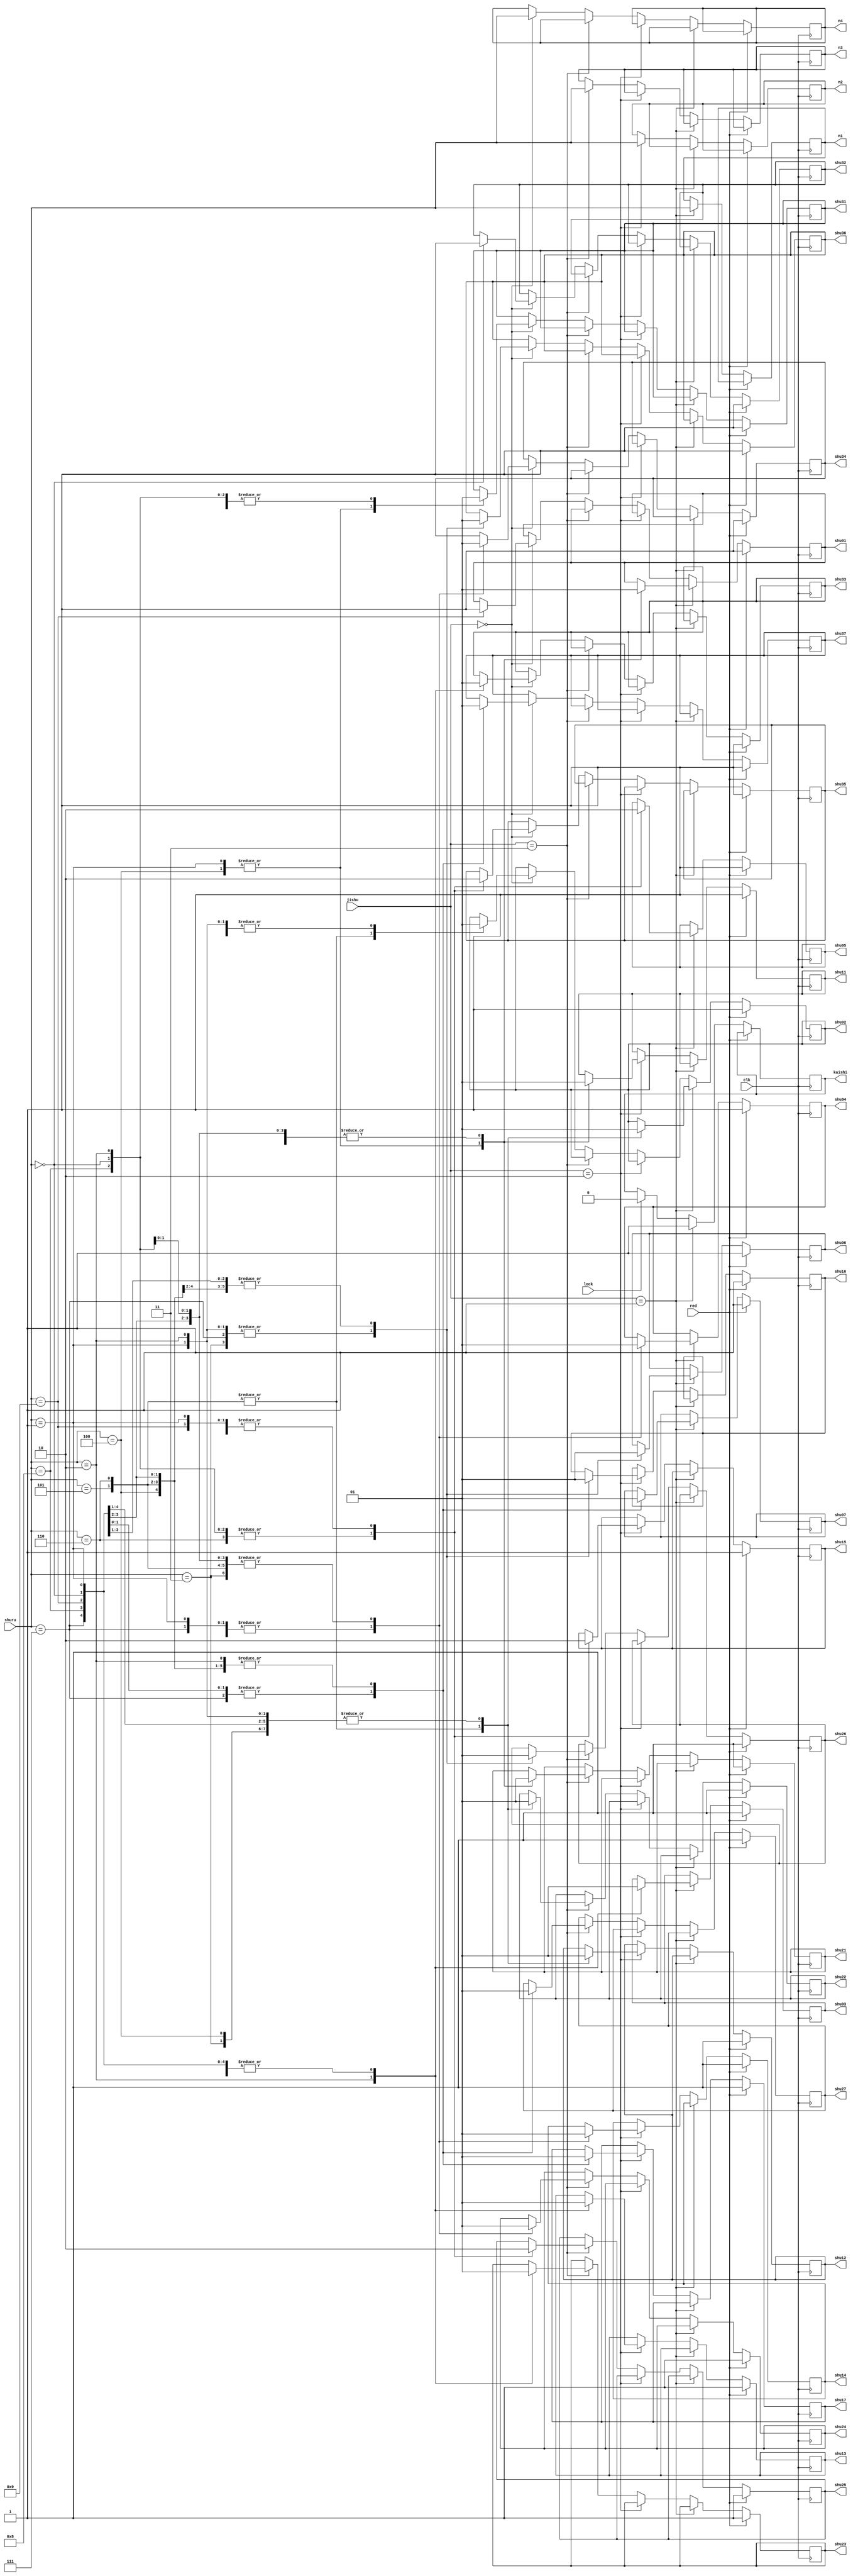
`timescale 1ns / 1ps
//////////////////////////////////////////////////////////////////////////////////
// Company: 
// Engineer: 
// 
// Design Name: 
// Module Name: jicun
// Project Name: 
// Target Devices: 
// Tool Versions: 
// Description: 
// 
// Dependencies: 
// 
// Revision:
// Revision 0.01 - File Created
// Additional Comments:
// 
//////////////////////////////////////////////////////////////////////////////////

module jicun(
        input clk,input [3:0] shuru,jishu,input red,lock,
        output reg [3:0] n1,n2,n3,n4,output reg kaishi,
        output reg shu01,output reg shu02,output reg shu03,output reg shu04,output reg shu05,output reg shu06,output reg shu07,
        output reg shu11,output reg shu12,output reg shu13,output reg shu14,output reg shu15,output reg shu16,output reg shu17,
        output reg shu21,output reg shu22,output reg shu23,output reg shu24,output reg shu25,output reg shu26,output reg shu27,
        output reg shu31,output reg shu32,output reg shu33,output reg shu34,output reg shu35,output reg shu36,output reg shu37
    );
    initial
    begin
    n1=4'b0011;
    n2=4'b0010;
    n3=4'b0001;
    n4=0;
    shu01=1;shu02=1;shu03=1;shu04=1;shu05=1;shu06=1;shu07=0;
    shu11=1;shu12=1;shu13=1;shu14=1;shu15=1;shu16=1;shu17=0;
    shu21=1;shu22=1;shu23=1;shu24=1;shu25=1;shu26=1;shu27=0;
    shu31=1;shu32=1;shu33=1;shu34=1;shu35=1;shu36=1;shu37=0;
    kaishi=0;
    end
    
    always @(posedge clk)
    begin
    if(!red)begin
    if(lock) kaishi=0;
    if(jishu==2'b01) begin
    kaishi=1;
    n1=shuru;
    case(n1)
      4'b0000:begin
      shu01=1;shu02=1;shu03=1;shu04=1;shu05=1;shu06=1;shu07=0;end
      4'b0001:begin
      shu01=0;shu02=1;shu03=1;shu04=0;shu05=0;shu06=0;shu07=0;end
      4'b0010:begin
      shu01=1;shu02=1;shu03=0;shu04=1;shu05=1;shu06=0;shu07=1;end
      4'b0011:begin
      shu01=1;shu02=1;shu03=1;shu04=1;shu05=0;shu06=0;shu07=1;end
      4'b0100:begin
      shu01=0;shu02=1;shu03=1;shu04=0;shu05=0;shu06=1;shu07=1;end
      4'b0101:begin
      shu01=1;shu02=0;shu03=1;shu04=1;shu05=0;shu06=1;shu07=1;end
      4'b0110:begin
      shu01=1;shu02=0;shu03=1;shu04=1;shu05=1;shu06=1;shu07=1;end
      4'b0111:begin
      shu01=1;shu02=1;shu03=1;shu04=0;shu05=0;shu06=0;shu07=0;end
      4'b1000:begin
      shu01=1;shu02=1;shu03=1;shu04=1;shu05=1;shu06=1;shu07=1;end
      4'b1001:begin
      shu01=1;shu02=1;shu03=1;shu04=1;shu05=0;shu06=1;shu07=1;end
      endcase
      end
    else if(jishu==2'b10) begin
    n2=shuru;
    case(n2)
          4'b0000:begin
        shu11=1;shu12=1;shu13=1;shu14=1;shu15=1;shu16=1;shu17=0;end
        4'b0001:begin
        shu11=0;shu12=1;shu13=1;shu14=0;shu15=0;shu16=0;shu17=0;end
        4'b0010:begin
        shu11=1;shu12=1;shu13=0;shu14=1;shu15=1;shu16=0;shu17=1;end
        4'b0011:begin
        shu11=1;shu12=1;shu13=1;shu14=1;shu15=0;shu16=0;shu17=1;end
        4'b0100:begin
        shu11=0;shu12=1;shu13=1;shu14=0;shu15=0;shu16=1;shu17=1;end
        4'b0101:begin
        shu11=1;shu12=0;shu13=1;shu14=1;shu15=0;shu16=1;shu17=1;end
        4'b0110:begin
        shu11=1;shu12=0;shu13=1;shu14=1;shu15=1;shu16=1;shu17=1;end
        4'b0111:begin
        shu11=1;shu12=1;shu13=1;shu14=0;shu15=0;shu16=0;shu17=0;end
        4'b1000:begin
        shu11=1;shu12=1;shu13=1;shu14=1;shu15=1;shu16=1;shu17=1;end
        4'b1001:begin
        shu11=1;shu12=1;shu13=1;shu14=1;shu15=0;shu16=1;shu17=1;end
          endcase
      end
    else if(jishu==2'b11)begin
     n3=shuru;
    case(n3)
           4'b0000:begin
            shu21=1;shu22=1;shu23=1;shu24=1;shu25=1;shu26=1;shu27=0;end
            4'b0001:begin
            shu21=0;shu22=1;shu23=1;shu24=0;shu25=0;shu26=0;shu27=0;end
            4'b0010:begin
            shu21=1;shu22=1;shu23=0;shu24=1;shu25=1;shu26=0;shu27=1;end
            4'b0011:begin
            shu21=1;shu22=1;shu23=1;shu24=1;shu25=0;shu26=0;shu27=1;end
            4'b0100:begin
            shu21=0;shu22=1;shu23=1;shu24=0;shu25=0;shu26=1;shu27=1;end
            4'b0101:begin
            shu21=1;shu22=0;shu23=1;shu24=1;shu25=0;shu26=1;shu27=1;end
            4'b0110:begin
            shu21=1;shu22=0;shu23=1;shu24=1;shu25=1;shu26=1;shu27=1;end
            4'b0111:begin
            shu21=1;shu22=1;shu23=1;shu24=0;shu25=0;shu26=0;shu27=0;end
            4'b1000:begin
            shu21=1;shu22=1;shu23=1;shu24=1;shu25=1;shu26=1;shu27=1;end
            4'b1001:begin
            shu21=1;shu22=1;shu23=1;shu24=1;shu25=0;shu26=1;shu27=1;end
            endcase
       
       end
    else if(jishu==2'b00)begin
     n4=shuru;
     case(n4)
           4'b0000:begin
          shu31=1;shu32=1;shu33=1;shu34=1;shu35=1;shu36=1;shu37=0;end
          4'b0001:begin
          shu31=0;shu02=1;shu33=1;shu34=0;shu35=0;shu36=0;shu37=0;end
          4'b0010:begin
          shu31=1;shu02=1;shu33=0;shu34=1;shu35=1;shu36=0;shu37=1;end
          4'b0011:begin
          shu31=1;shu02=1;shu33=1;shu34=1;shu35=0;shu36=0;shu37=1;end
          4'b0100:begin
          shu31=0;shu02=1;shu33=1;shu34=0;shu35=0;shu36=1;shu37=1;end
          4'b0101:begin
          shu31=1;shu02=0;shu33=1;shu34=1;shu35=0;shu36=1;shu37=1;end
          4'b0110:begin
          shu31=1;shu02=0;shu33=1;shu34=1;shu35=1;shu36=1;shu37=1;end
          4'b0111:begin
          shu31=1;shu02=1;shu33=1;shu34=0;shu35=0;shu36=0;shu37=0;end
          4'b1000:begin
          shu31=1;shu02=1;shu33=1;shu34=1;shu35=1;shu36=1;shu37=1;end
          4'b1001:begin
          shu01=1;shu02=1;shu33=1;shu34=1;shu35=0;shu36=1;shu37=1;end
             endcase
        end
        end
        
        else
        begin
        shu01=1;shu02=1;shu03=1;shu04=1;shu05=1;shu06=1;shu07=1;
        shu11=1;shu12=1;shu13=1;shu14=1;shu15=1;shu16=1;shu17=1;
        shu21=1;shu22=1;shu23=1;shu24=1;shu25=1;shu26=1;shu27=1;
        shu31=1;shu32=1;shu33=1;shu34=1;shu35=1;shu36=1;shu37=1;
        end
    end
endmodule